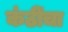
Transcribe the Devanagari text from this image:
कंठींचा